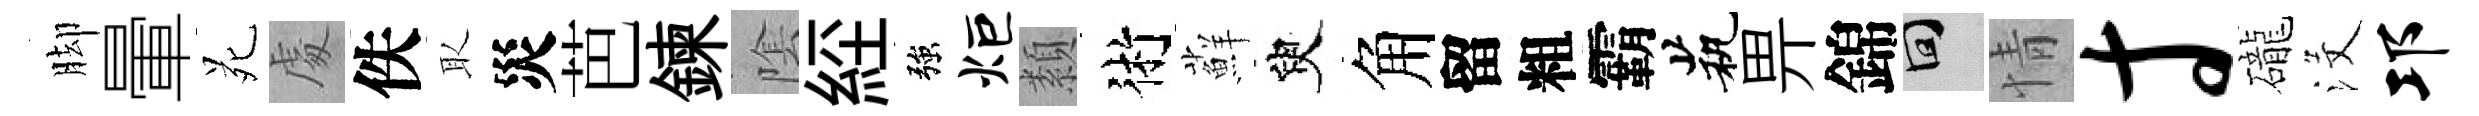
脚暈苑䖏佚取災芭鍊隂𦀇強炬纇術蘚臾角留粗霸茕畀錦回情寸礲沒邛